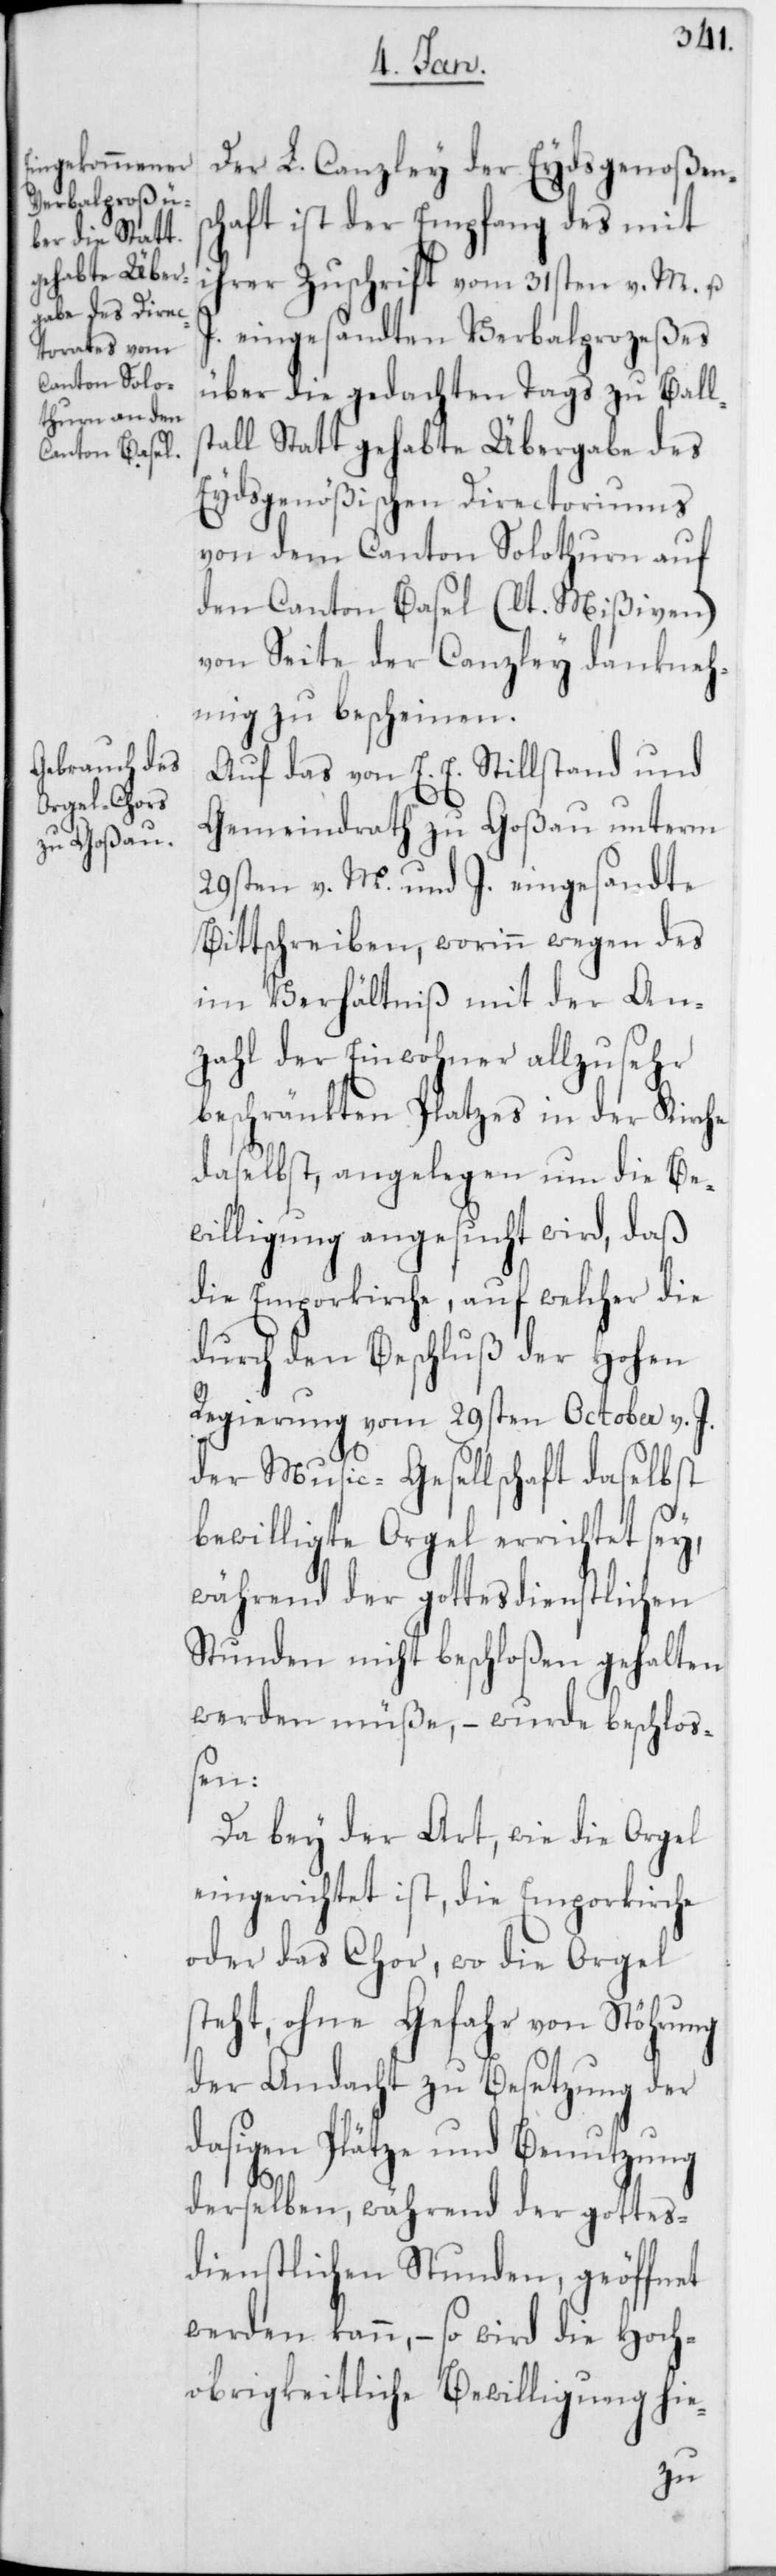
Der L. Canzley der Eydsgenoßens¬
chaft ist der Empfang des mit
ihrer Zuschrift vom 31sten v. M. u.
eingesandten Verbalpozeßes
über die gedachten Tags zu Ball¬
al Statt gehabte Übergabe des
Eydsgenößischen Directoriums
von dem Canton Solothurn auf
den Canton Basel (lt. Mißiven)
von Seite der Canzley dankneh¬
mig zu bescheinen.
Auf das von E. E. Stillstand und
Gemeindrath zu Goßau unterm
29sten v. M. und J. eingesandte
Bittschreiben, worinn wegen des
im Verhältniß mit der An¬
zahl der Einwohner allzusehr
beschränkten Platzes in der Kirche
daselbst, angelegen um die Be¬
willigung angesucht wird, daß
die Emporkirche, auf welcher die
durch den Beschluß der Hohen
Regierung vom 29sten October v. J.
der Music-Gesellschaft daselbst
bewilligte Orgel errichtet sey,
während der gottesdienstlichen
Stunden nicht beschloßen gehalten
werden müße, – wurde beschloß¬
en:
Da bey der Art, wie die Orgel
eingerichtet ist, die Emporkirche
oder das Chor, wo die Orgel
teht, ohne Gefahr von Störung
der Andacht zu Besetzung der
dasigen Plätze und Benutzung
s¬
derselben, während der gottes¬
dienstlichen Stunden, geöffnet
werden kann, – so wird die Hoch¬
obrigkeitliche Bewilligung hie-